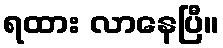
ရထား လာနေပြီ။